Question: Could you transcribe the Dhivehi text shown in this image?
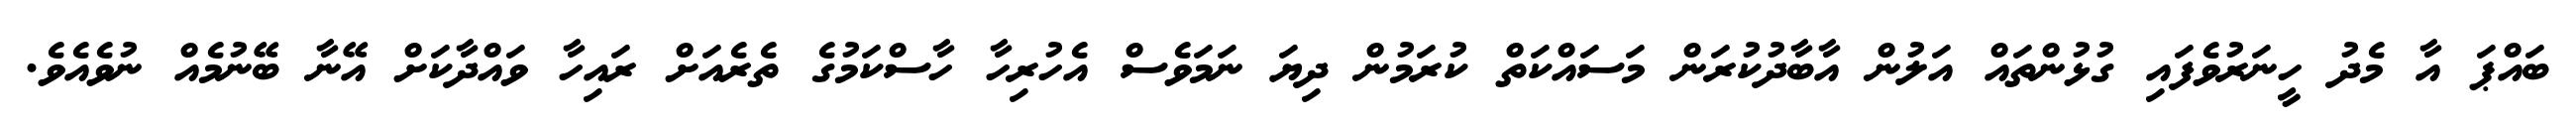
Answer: ބައްޕަ އާ މެދު ހީނަރުވެފައި ގުޅުންތައް އަލުން އާބާދުކުރަން މަސައްކަތް ކުރަމުން ދިޔަ ނަމަވެސް އެހުރިހާ ހާސްކަމުގެ ތެރެއަށް ރައިހާ ވައްދާކަށް އޭނާ ބޭނުމެއް ނުވެއެވެ.